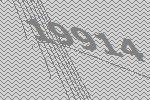
19914